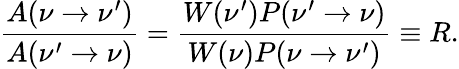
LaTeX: \frac{A(\nu\to\nu^{\prime})}{A(\nu^{\prime}\to\nu)}=\frac{W(\nu^{\prime})P(\nu^{\prime}\to\nu)}{W(\nu)P(\nu\to\nu^{\prime})}\equiv R.